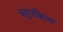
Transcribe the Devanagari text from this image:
बहुपत्नित्व